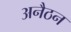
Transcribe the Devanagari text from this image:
अनैठन